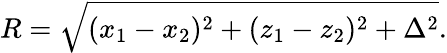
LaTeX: R=\sqrt{(x_{1}-x_{2})^{2}+(z_{1}-z_{2})^{2}+\Delta^{2}}.